Report of the King Institute of Preventive Medicine, Guindy
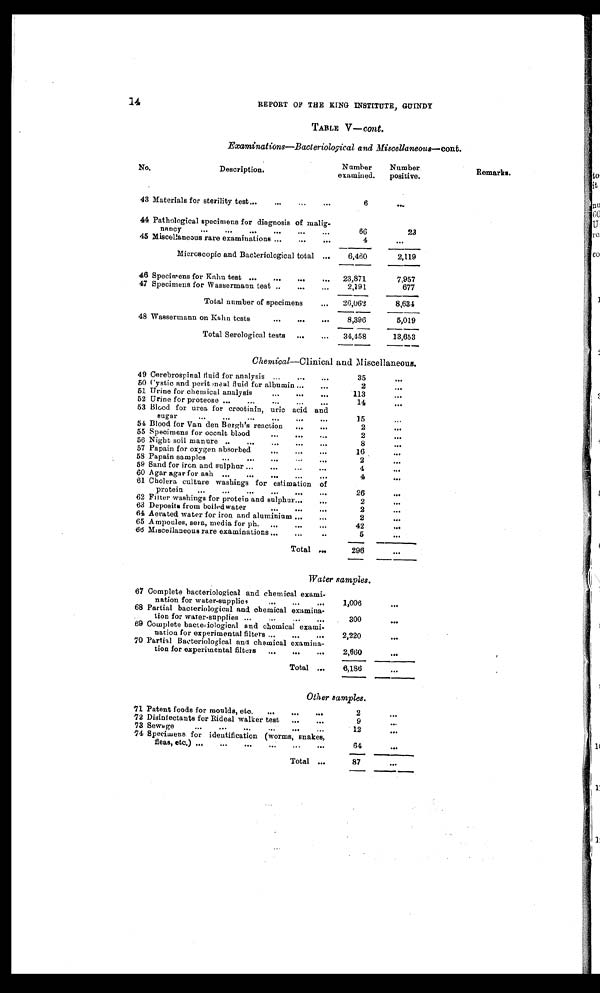
14
REPORT OF THE KING INSTITUTE, GUINDY
TABLE V— cont.
Examinations—Bacteriological and Miscellaneous—cont.
43 Materials for sterility test
6
45
4
6,460
2,119
46 Specimens for Kahn test
23,871
7,957
47 Specimens for Wassermann test
2,191
677
26,062
8,634
48 Wassermann on Kahn tests
8,396
5,019
34,458
13,653
49 Cerebrospinal fluid for analysis
35
50 Cystic and perit meal fluid for albumin
2
51 Urine for chemical analysis
113
52 Urine for proteose
14
54 Blood for Van den Bergh's reaction
2
55 Specimens for occult blood
2
56 Night soil manure
8
57 Papain for oxygen absorbed
16
58 Papain samples
2
59 Sand for iron and sulphur
4
60 Agar agar for ash
4
62 Filter washings for protein and sulphur
2
63 Deposits from boiled water
2
64
Aer at ed wat er f or i r on and al umi ni um
2
65 Ampoules, sera, media for ph.
42
6 6 Miscellaneous rare examinations
5
296
6,186
71 Patent foods for moulds, etc.
2
72 Disinfectants for Rideal walker test
9
73 Sewage
12